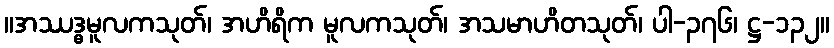
။အဿဒ္ဓမူလကသုတ်၊ အဟိရိက မူလကသုတ်၊ အသမာဟိတသုတ်၊ ပါ-၃၇၆၊ ဋ္ဌ-၁၃၂။